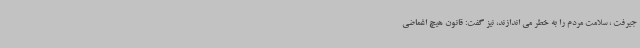
جیرفت ، سلامت مردم را به خطر می اندازند، نیز گفت: قانون هیچ اغماضی